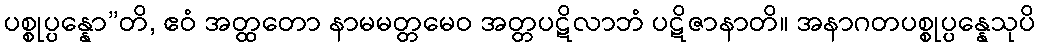
ပစ္စုပ္ပန္နော”တိ, ဧဝံ အတ္ထတော နာမမတ္တမေဝ အတ္တပဋိလာဘံ ပဋိဇာနာတိ။ အနာဂတပစ္စုပ္ပန္နေသုပိ